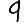
Digit: 9